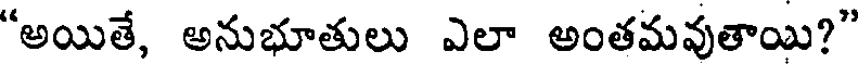
"అయితే, అనుభూతులు ఎలా అంతమవుతాయి?"